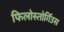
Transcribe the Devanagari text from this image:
फिलोस्तोर्गिउस